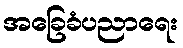
အခြေခံပညာရေး